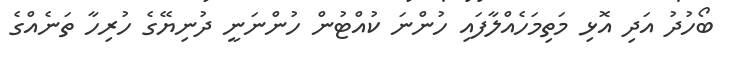
ބޯހުދު އަދި އޮޅި މަތިމަހެއްލާފައި ހުންނަ ކުއްޓުން ހުންނަނީ ދުނިޔޭގެ ހުރިހާ ތަނެއްގެ